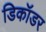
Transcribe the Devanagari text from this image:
डिकॉडर